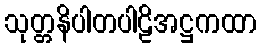
သုတ္တနိပါတပါဠိအဋ္ဌကထာ